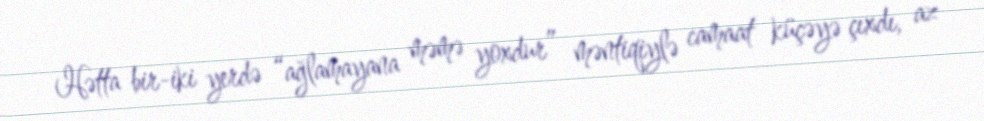
Hətta bir-iki yerdə “ağlamayana məmə yoxdur” məntiqiylə camaat küçəyə çıxdı, az